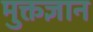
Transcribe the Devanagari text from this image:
मुक्तज्ञान